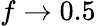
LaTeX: f\rightarrow 0.5